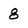
Character: 8